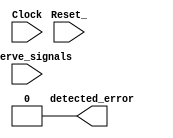
module FIFO_SM #( parameter OBSERVE_WIDTH = 8 )
  (
    input                   Reset_,
    input                   Clock,
    input [OBSERVE_WIDTH-1:0] observe_signals,
    output detected_error
);

  assign detected_error = 0;

endmodule